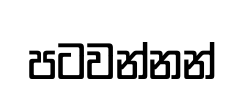
පටවන්නන්